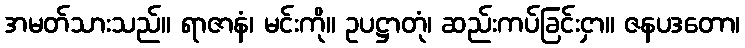
အမတ်သားသည်။ ရာဇာနံ၊ မင်းကို။ ဥပဋ္ဌာတုံ၊ ဆည်းကပ်ခြင်းငှာ။ ဇနပဒတော၊